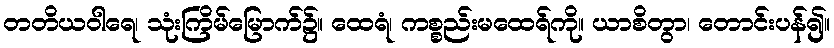
တတိယဝါရေ၊ သုံးကြိမ်မြောက်၌။ ထေရံ၊ ကစ္စည်းမထေရ်ကို။ ယာစိတွာ၊ တောင်းပန်၍။